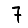
Digit: 7